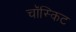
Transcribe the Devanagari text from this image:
चॉस्किट